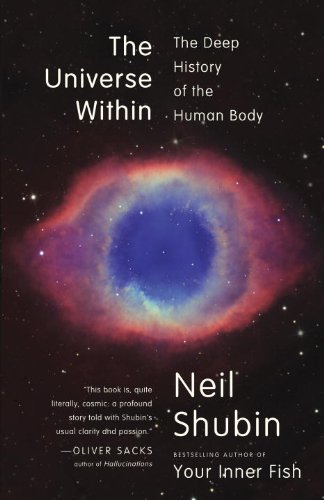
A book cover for The Universe Within: The Deep History of the Human Body; Neil Shubin; Science & Math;